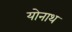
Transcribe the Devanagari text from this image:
योनाथ